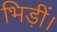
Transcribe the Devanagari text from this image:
भिड़ीं।